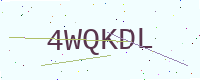
Text: 4WQKDL